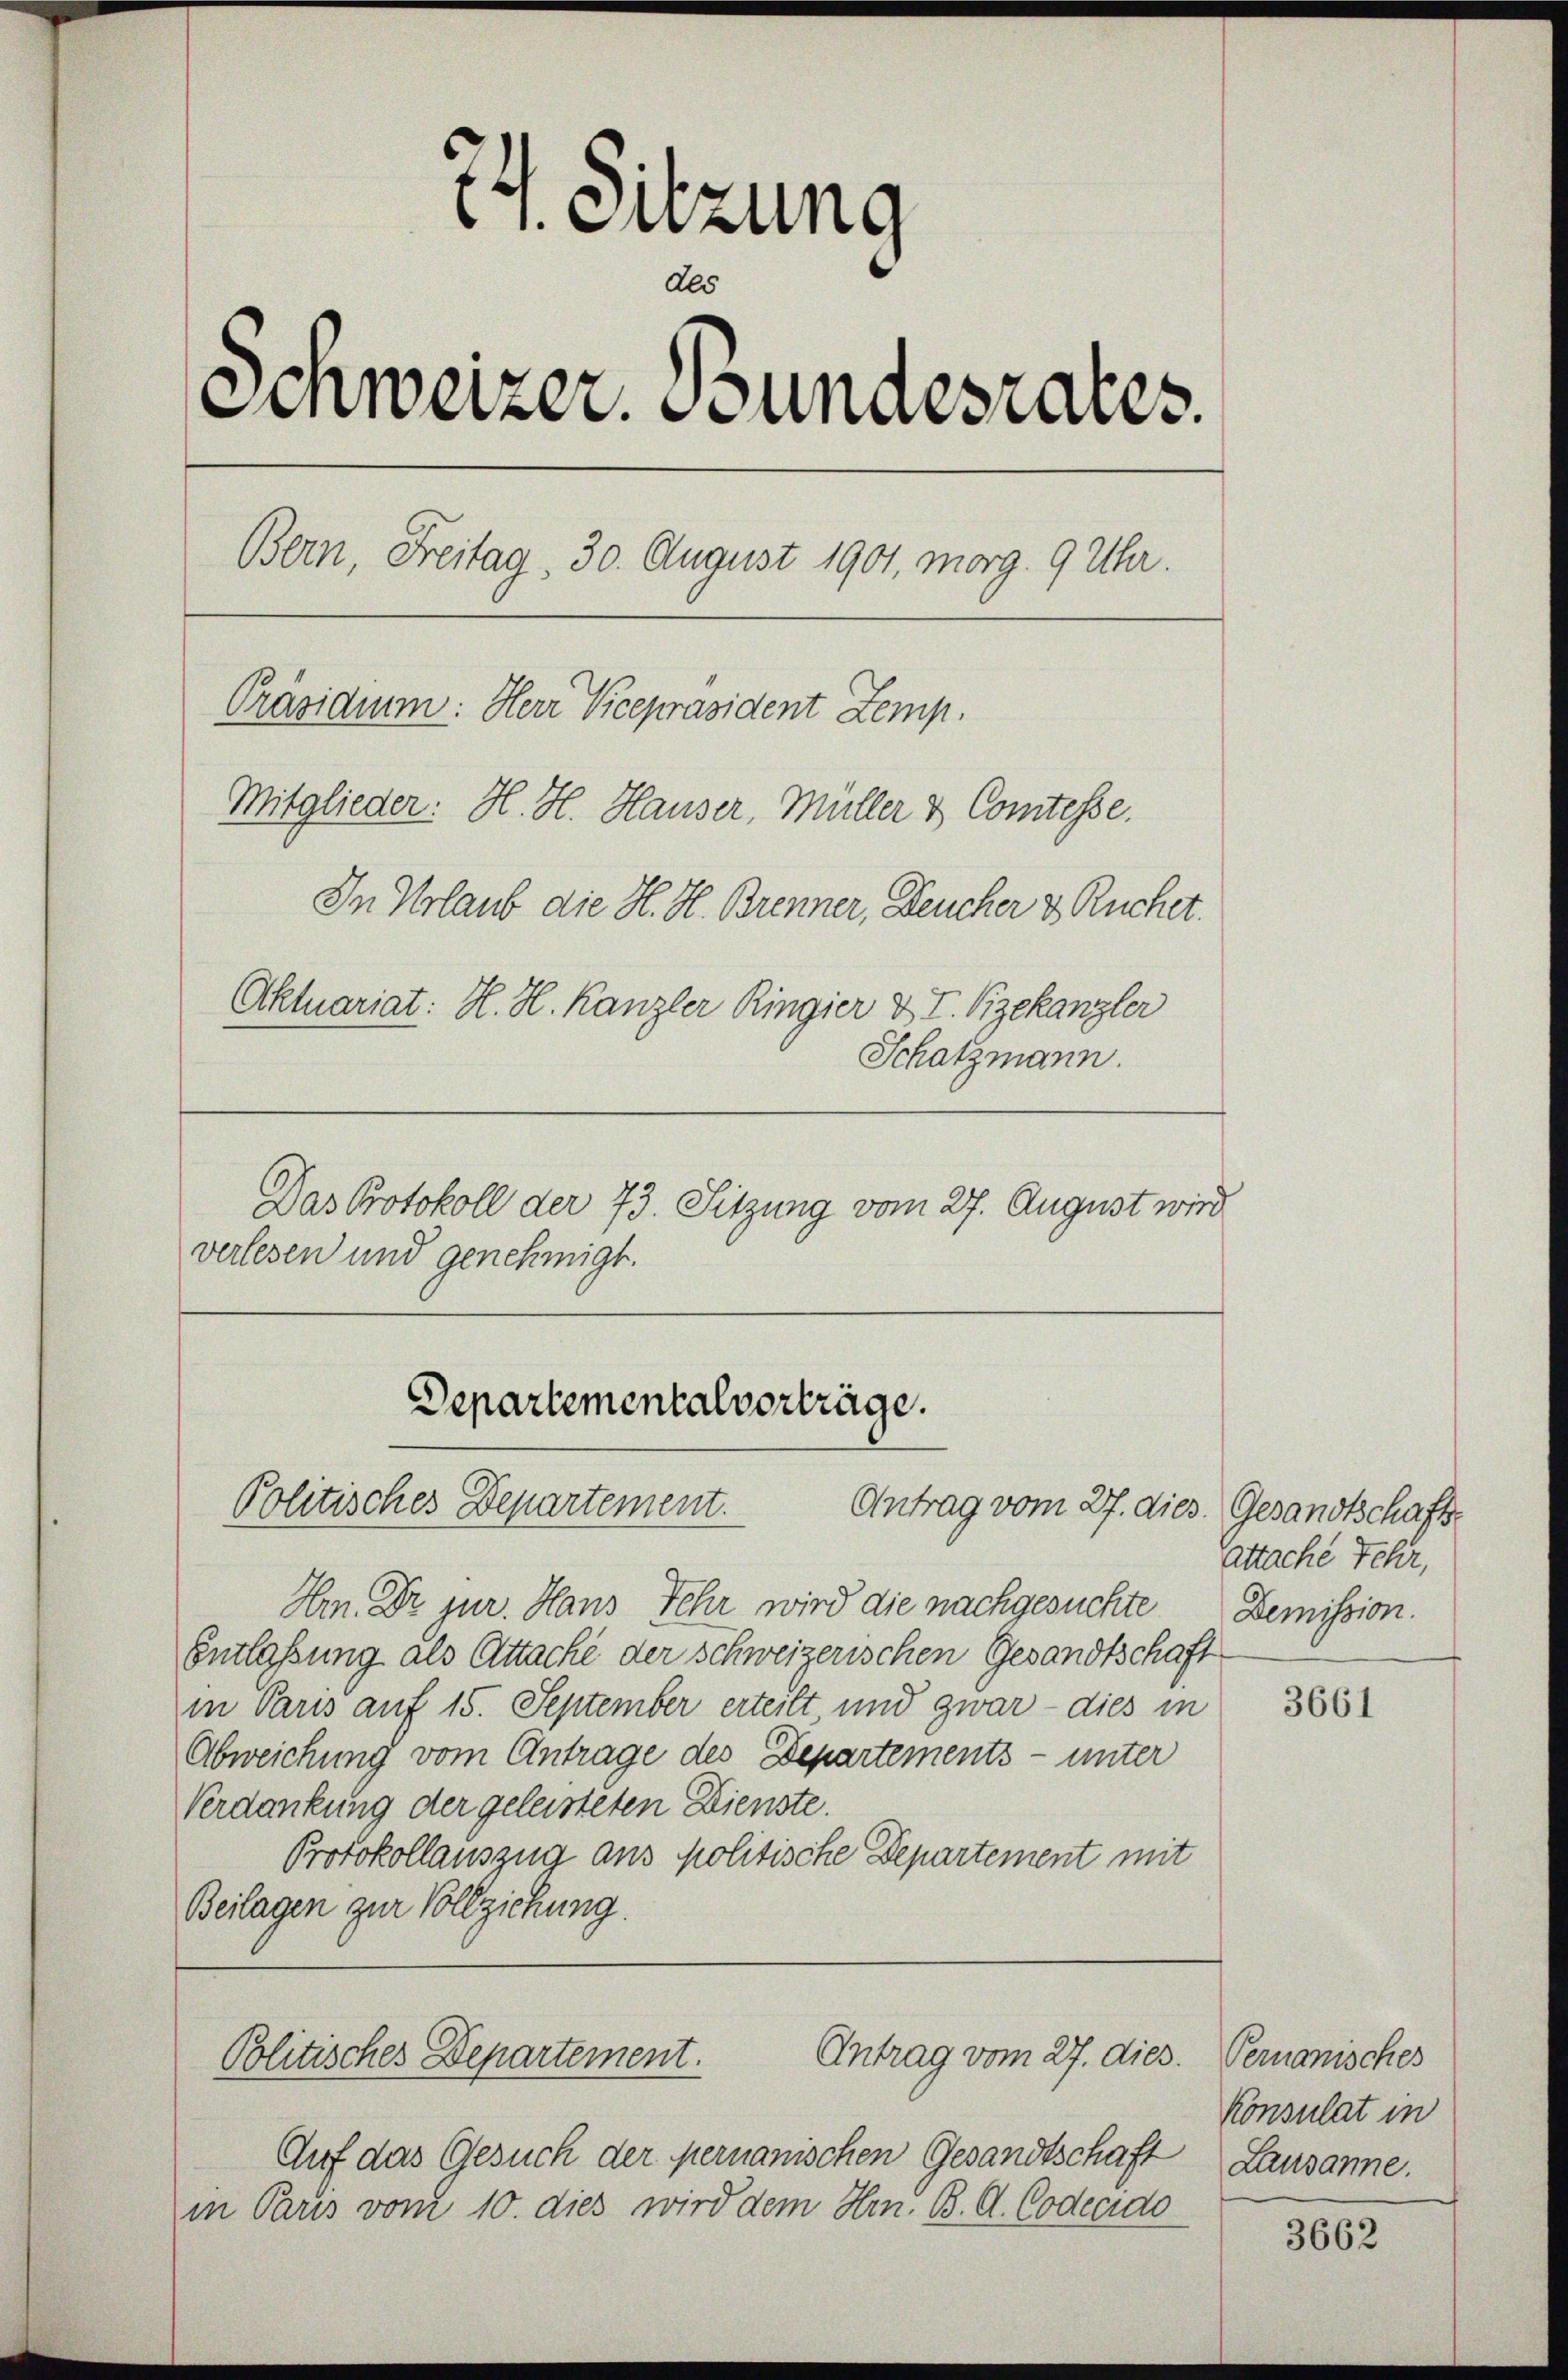
74. Sitzung
Als
Schweizer. Bundesrates.
Bern, Freitag, 30. August 1901, morg. 9 Uhr.
Präsidium. Herr Vicepräsident Zemp.
Mitglieder: H. H. Hauser, Müller & Comtesse.
In Urlaub die H. H. Brenner, Deucher & Ruchet.
Aktuariat: H. H. Kanzler Ringier & I. Bekanzler
Schatzmann.
Das Protokoll der 73. Sitzung vom 27. August wird

verlesen und genehmigt.

Departemental vorträge.
Politisches Departement.
Antrag vom 27. dies. Gesandtschaft

Hr. Dr jur. Haus Fehr wird die nachgesuchte
Entlassung als Attache der schweizerischen Gesandtschaft
in Paris auf 15. September erteilt, und zwar - dies in
Abweichung vom Antrage des Departements- unter
Verdankung der geleisteten Dienste.
Protokollauszug aus politische Departement mit
Beilagen zur Vollziehung.

Antrag vom 27. dies. Permanisches
Politisches Departement.

Auf das Gesuch der permanischen Gesandtschaft
in Paris vom 10. dies wird dem Hrn. B. G. Codecido

attache Fehr,
Demission.

3661

Konsulat in
Lausanne.

3662